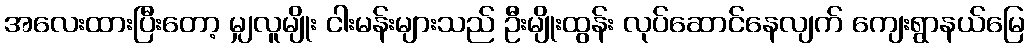
အလေးထားပြီးတော့ မျှလူမျိုး ငါးမန်းများသည် ဦးမျိုးထွန်း လုပ်ဆောင်နေလျက် ကျေးရွာနယ်မြေ